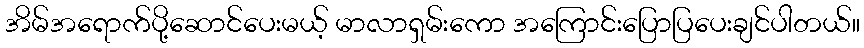
အိမ်အရောက်ပို့ဆောင်ပေးမယ့် မာလာရှမ်းကော အကြောင်းပြောပြပေးချင်ပါတယ်။